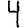
Digit: 4